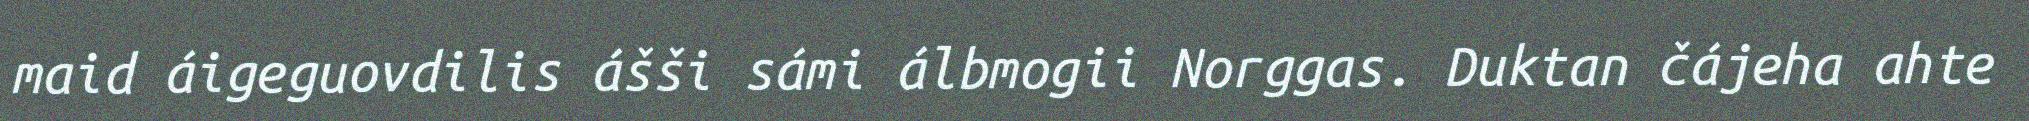
maid áigeguovdilis ášši sámi álbmogii Norggas. Duktan čájeha ahte